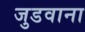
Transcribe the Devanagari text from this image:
जुडवाना